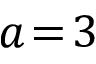
a \! = \! 3